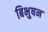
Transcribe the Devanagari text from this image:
बिभुषन